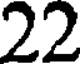
22